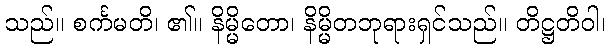
သည်။ စင်္ကမတိ၊ ၏။ နိမ္မိတော၊ နိမ္မိတဘုရားရှင်သည်။ တိဋ္ဌတိဝါ၊